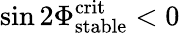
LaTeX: \sin 2\Phi_{\mathrm{stable}}^{\mathrm{crit}}<0